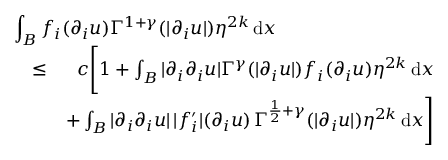
\begin{array} { r l r } { \lefteqn { \int _ { B } f _ { i } ( \partial _ { i } u ) \Gamma ^ { 1 + \gamma } ( | \partial _ { i } u | ) \eta ^ { 2 k } \, \mathrm { d } x } } \\ & { \leq } & { c \Bigg [ 1 + \int _ { B } | \partial _ { i } \partial _ { i } u | \Gamma ^ { \gamma } ( | \partial _ { i } u | ) f _ { i } ( \partial _ { i } u ) \eta ^ { 2 k } \, \mathrm { d } x } \\ & { } & { + \int _ { B } | \partial _ { i } \partial _ { i } u | \, | f _ { i } ^ { \prime } | ( \partial _ { i } u ) \, \Gamma ^ { \frac { 1 } { 2 } + \gamma } ( | \partial _ { i } u | ) \eta ^ { 2 k } \, \mathrm { d } x \Bigg ] } \end{array}